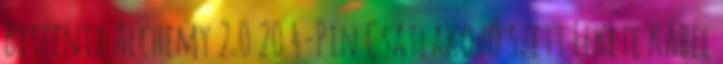
Bitfenix Alchemy 2.0 20 4-Pin Csatlakozó szett Fekete Kábel